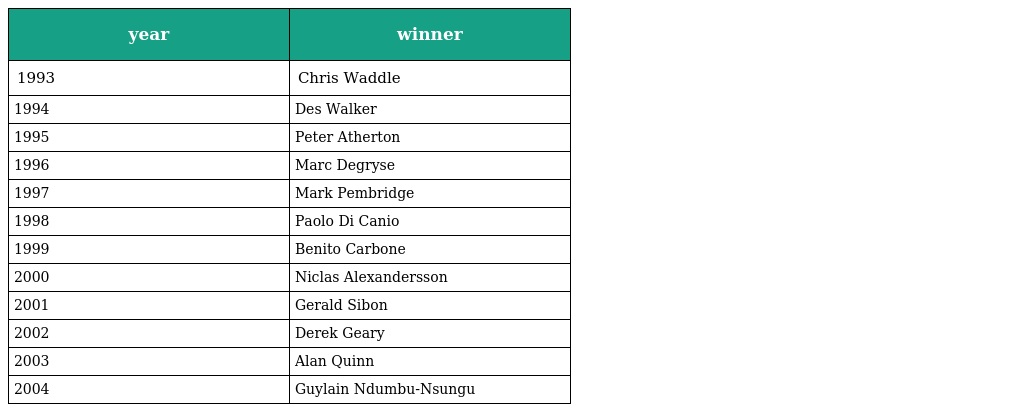
| year | winner |
 | --- | --- |
 | 1993 | Chris Waddle |
 | 1994 | Des Walker |
 | 1995 | Peter Atherton |
 | 1996 | Marc Degryse |
 | 1997 | Mark Pembridge |
 | 1998 | Paolo Di Canio |
 | 1999 | Benito Carbone |
 | 2000 | Niclas Alexandersson |
 | 2001 | Gerald Sibon |
 | 2002 | Derek Geary |
 | 2003 | Alan Quinn |
 | 2004 | Guylain Ndumbu-Nsungu |